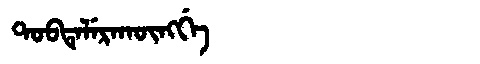
Manchu: ᡨᠣᠪᡨᡝᠯᡝᡵᠠᡴᡡᠩᡤᡝ
Romanization: TOBTELERAKŪNGGE